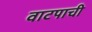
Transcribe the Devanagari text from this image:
वाटपाची